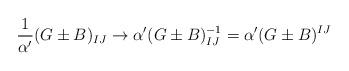
LaTeX: \begin{align*}\frac{1}{\alpha^\prime}(G\pm B)_{IJ}\rightarrow \alpha^\prime(G\pm B)_{IJ}^{-1} = \alpha^\prime(G\pm B)^{IJ}\end{align*}